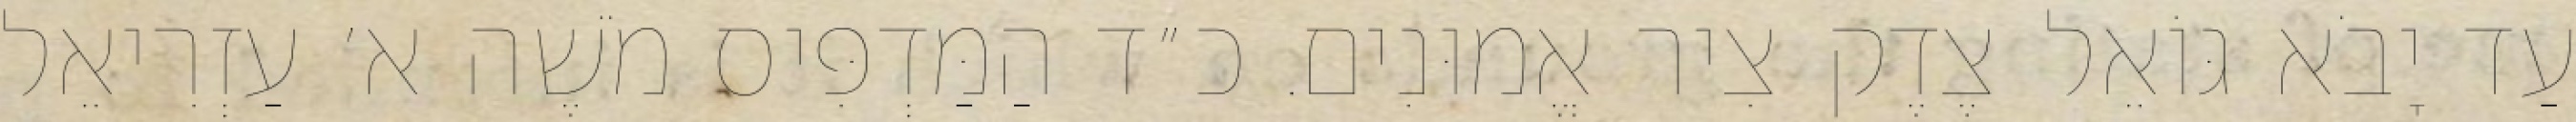
עַד יָבֹא גּוֹאֵל צֶדֶק צִיר אֱמוּנִים. כ״ד הַמַּדְפִּיס מֹשֶׁה א׳ עַזְרִיאֵל